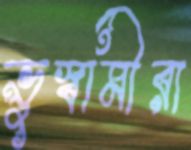
ভুস্বামীরা